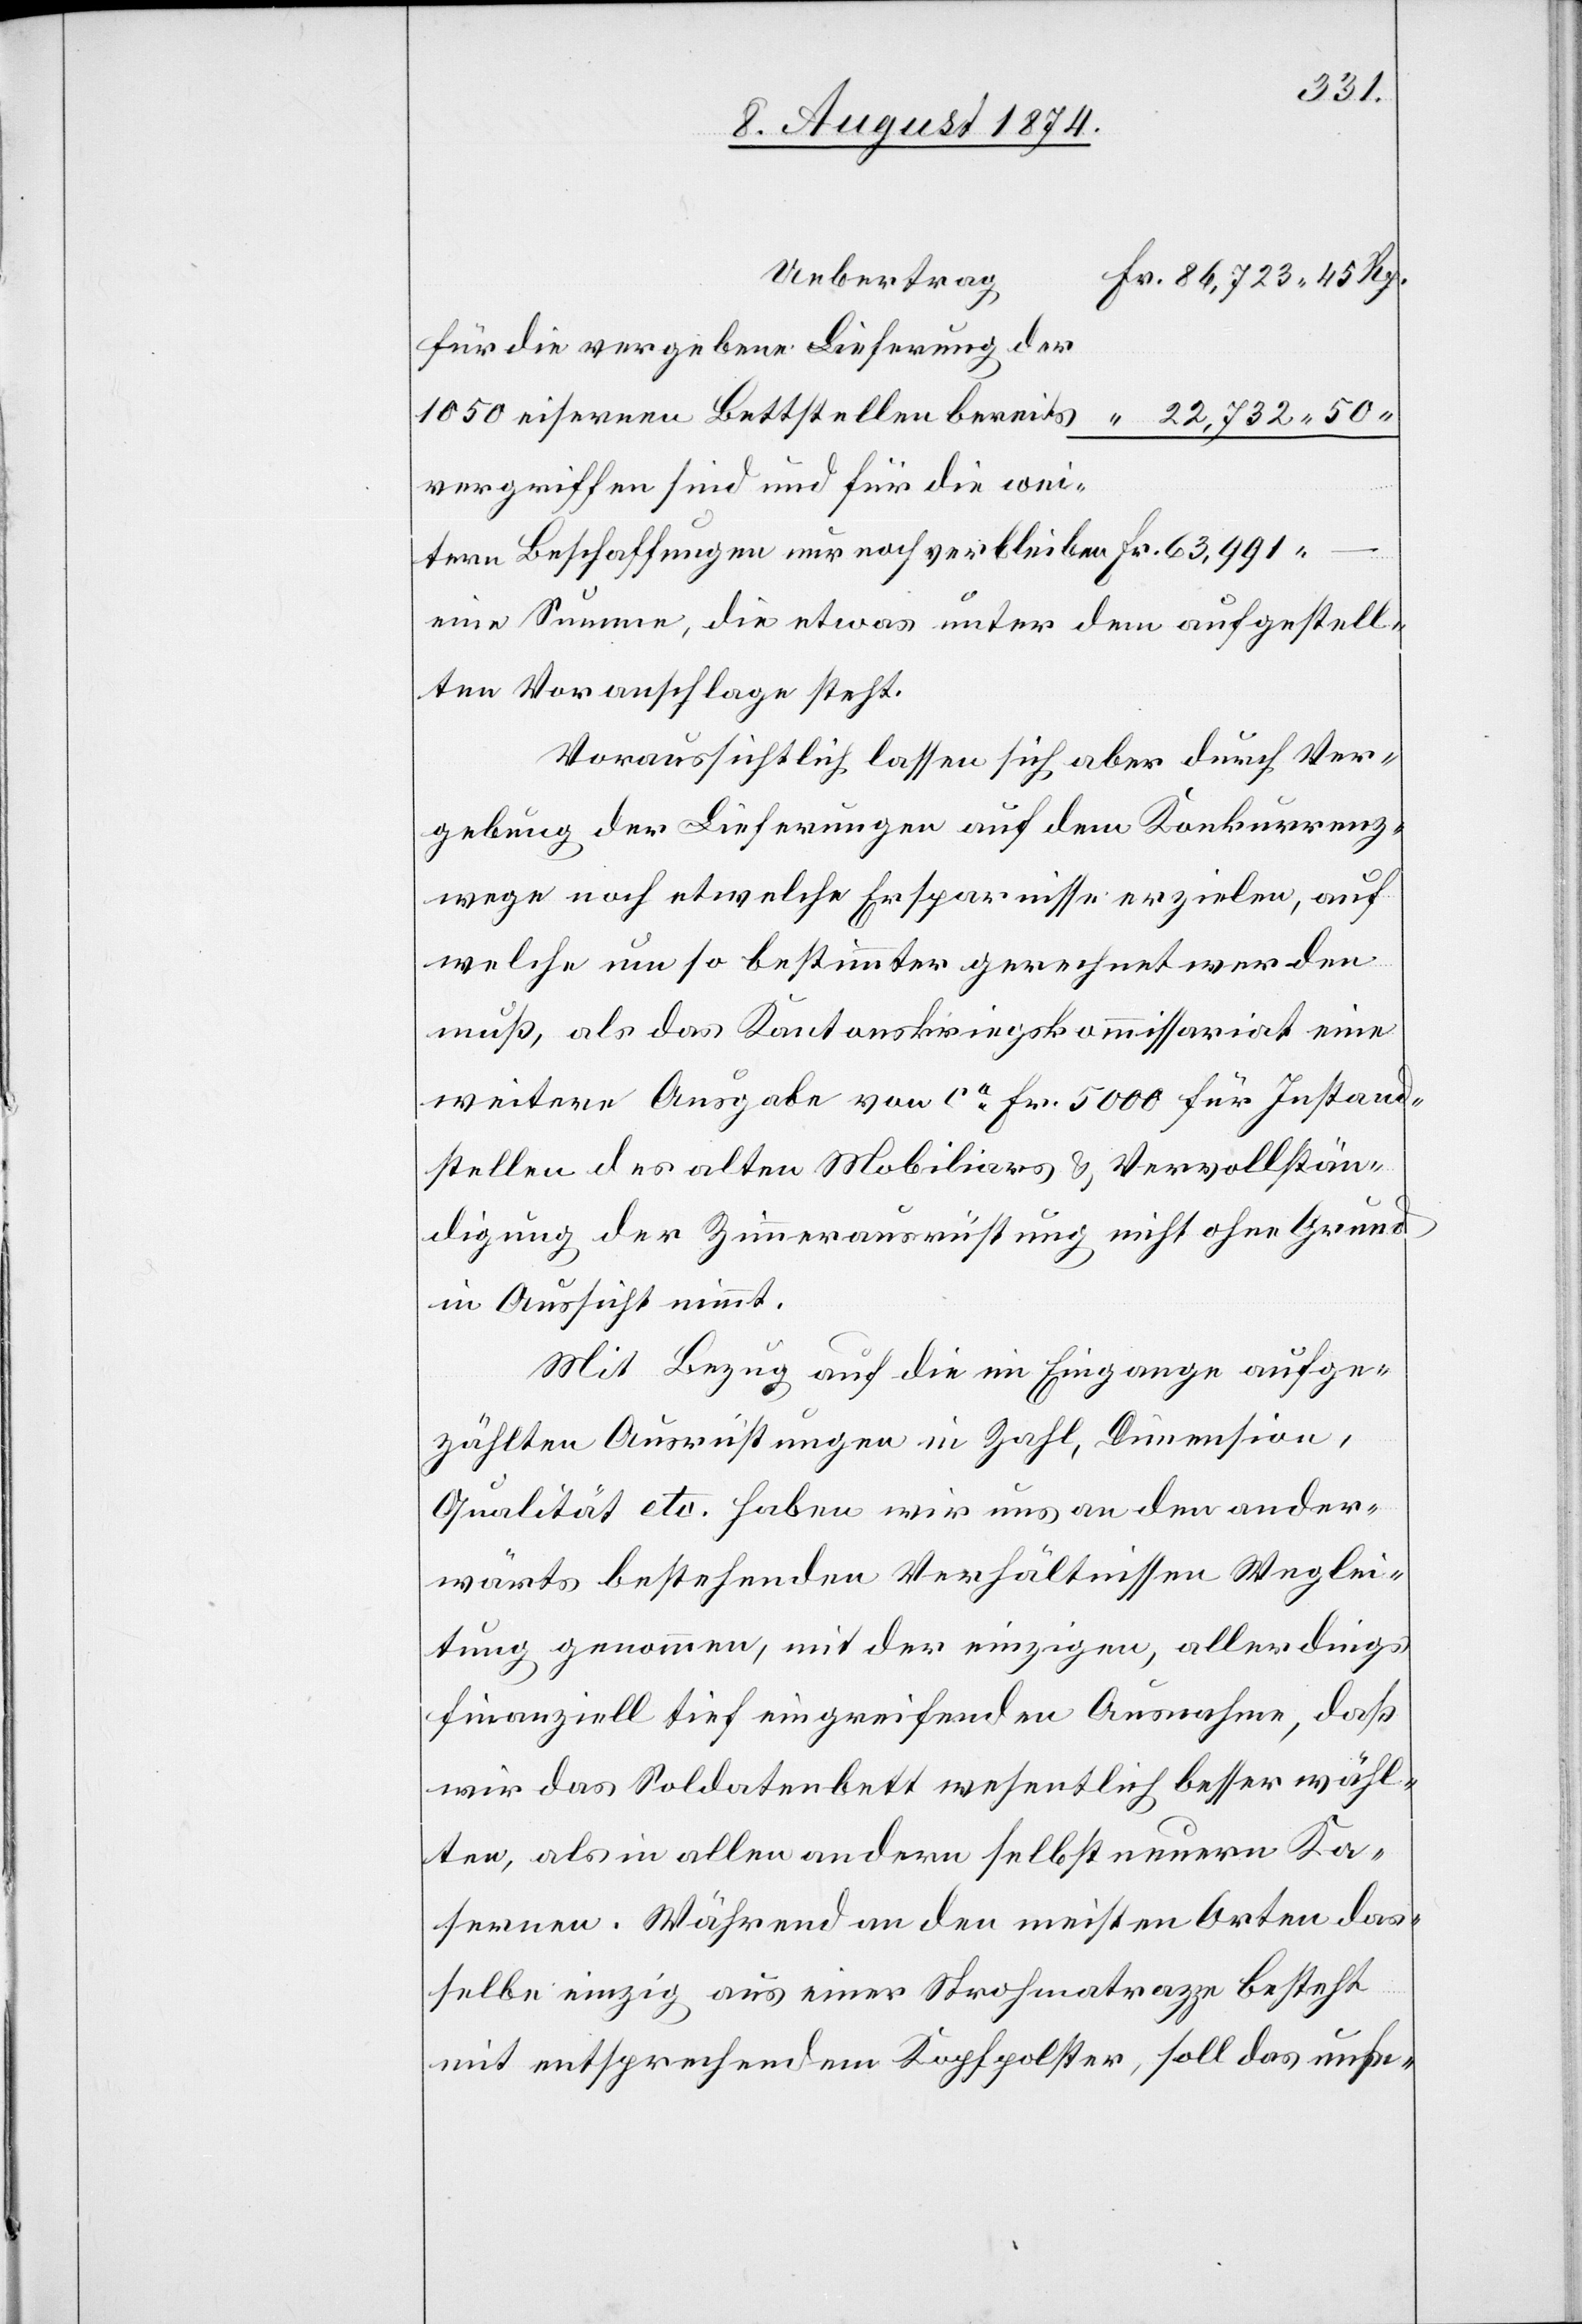
Uebertrag
für die vergebene Lieferung der
1050 eisernen Bettstellen bereits
vergriffen sind und für die weitern
eine Summe, die etwas unter dem aufgestell¬
ten Voranschlage steht.
Voraussichtlich lassen sich aber durch Ver¬
gebung der Lieferungen auf dem Konkurrenz¬
wege noch etwelche Ersparnisse erzielen, auf
welche um so bestimmter gerechnet werden
muß, als das Kantonskriegskommissariat eine
weitere Ausgabe von ca Fr. 5000 für Instand¬
stellen des alten Mobiliars u. Vervollstän¬
digung der Zimmerausrüstung nicht ohne Grund
in Aussicht nimmt.
Mit Bezug auf die im Eingange aufge¬
zählten Ausrüstungen in Zahl, Dimension,
Qualität etc. haben wir uns an den ander¬
wärts bestehenden Verhältnissen Weglei¬
tung genommen, mit der einzigen, allerdings
finanziell tief eingreifenden Ausnahme, daß
wir das Soldatenbett wesentlich besser wähl¬
ten, als in allen andern selbst neuern Ka¬
sernen. Während an den meisten Arten das¬
selbe einzig aus einer Strohmatrazze besteht
mit entsprechendem Kopfpolster, soll das unse-